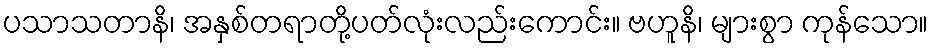
ပသာသတာနိ၊ အနှစ်တရာတို့ပတ်လုံးလည်းကောင်း။ ဗဟူနိ၊ များစွာ ကုန်သော။